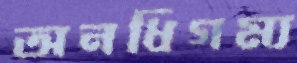
অনধিগম্য